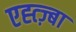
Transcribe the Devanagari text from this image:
एह्त्ज़्बा